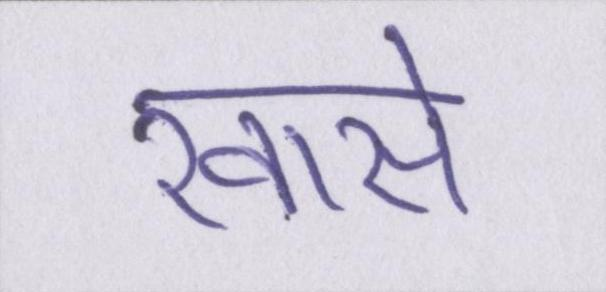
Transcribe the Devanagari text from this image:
खासे